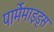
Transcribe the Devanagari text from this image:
पार्मेमाइड्स